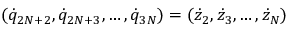
( { \dot { q } } _ { 2 N + 2 } , { \dot { q } } _ { 2 N + 3 } , \dots , { \dot { q } } _ { 3 N } ) = ( { \dot { z } } _ { 2 } , { \dot { z } } _ { 3 } , \dots , { \dot { z } } _ { N } )